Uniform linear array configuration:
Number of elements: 48
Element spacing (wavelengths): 0.75
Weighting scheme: hann
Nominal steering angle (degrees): -30
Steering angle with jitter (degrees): -29.712
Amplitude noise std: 0.05
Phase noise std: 0.05

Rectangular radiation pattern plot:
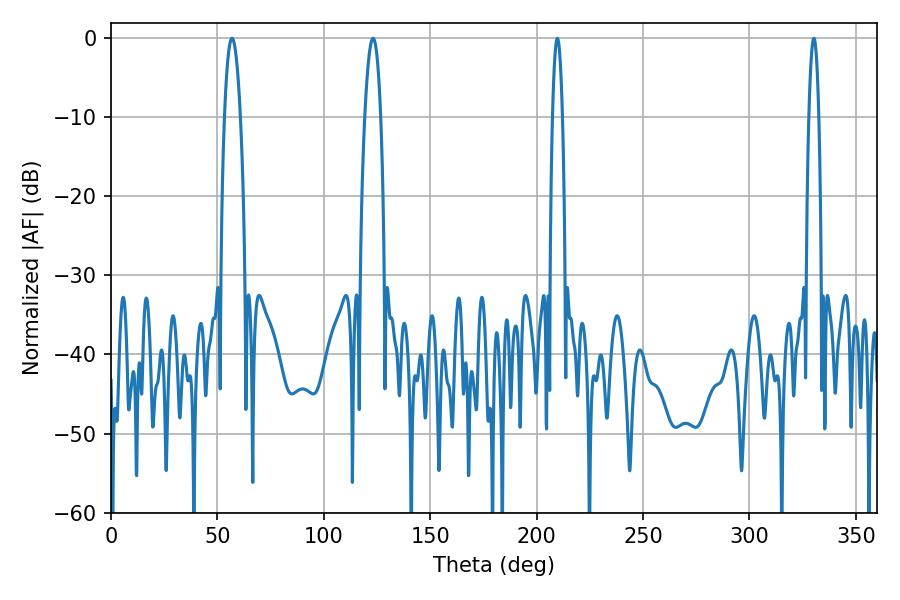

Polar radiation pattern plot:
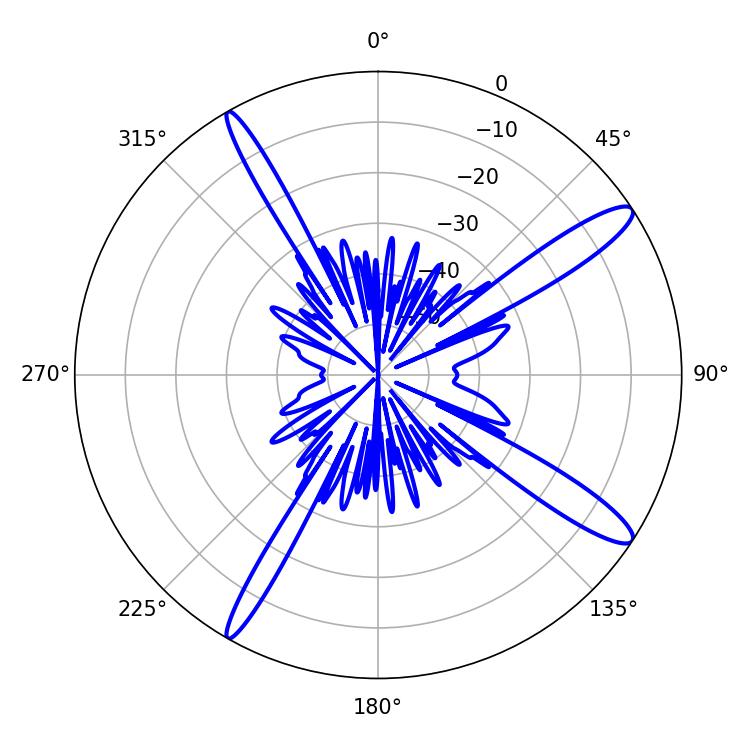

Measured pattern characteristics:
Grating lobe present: TRUE
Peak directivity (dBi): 13.854
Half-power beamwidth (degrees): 4.14
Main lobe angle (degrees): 56.88